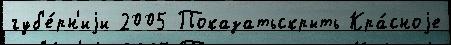
губ'е́рн'иjи 2005 Показатьскрыть Кра́сноjе